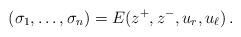
LaTeX: \begin{align*} (\sigma_1, \ldots, \sigma_n) = E(z^+, z^-, u_r, u_\ell) \,.\end{align*}